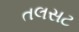
તલસટ